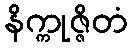
နိက္ကုဇ္ဇိတံ